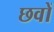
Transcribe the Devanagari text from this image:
छवों